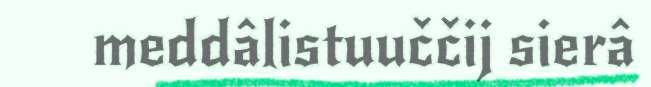
meddâlistuuččij sierâ